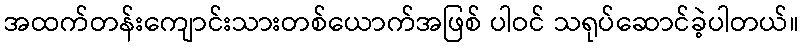
အထက်တန်းကျောင်းသားတစ်ယောက်အဖြစ် ပါဝင် သရုပ်ဆောင်ခဲ့ပါတယ်။